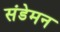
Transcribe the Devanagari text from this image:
संडेमन